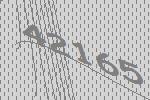
42165